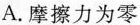
A.摩擦力为零